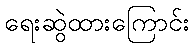
ရေးဆွဲထားကြောင်း